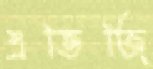
এভিজি